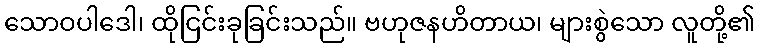
သောဝပါဒေါ၊ ထိုငြင်းခုခြင်းသည်။ ဗဟုဇနဟိတာယ၊ များစွဲသော လူတို့၏